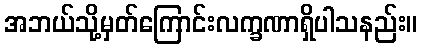
အဘယ်သို့မှတ်ကြောင်းလက္ခဏာရှိပါသနည်း။